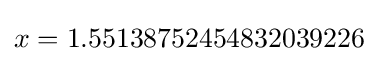
x=1.55138752454832039226